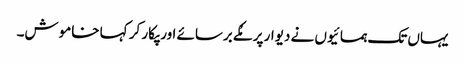
یہاں تک ہمسائیوں نے دیوار پر مُکے برسائے اور پکار کر کہا خاموش۔